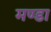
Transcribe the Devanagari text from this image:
मण्डा